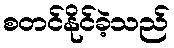
စတင်နိုင်ခဲ့သည်